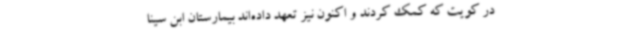
در کویت که کمک کردند و اکنون نیز تعهد داده‌اند بیمارستان ابن سینا